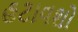
હટાવશો